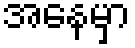
အနေမှာ